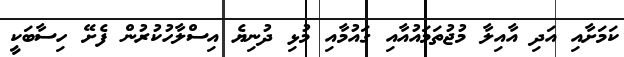
ކަމަށާއި އަދި އާއިލާ މުޖުތަމައުއާއި ގައުމާއި މުޅި ދުނިޔެ އިސްލާހުކުރުން ފެށޭ ހިސާބަކީ